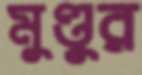
মুণ্ডুর